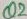
Text: Q2